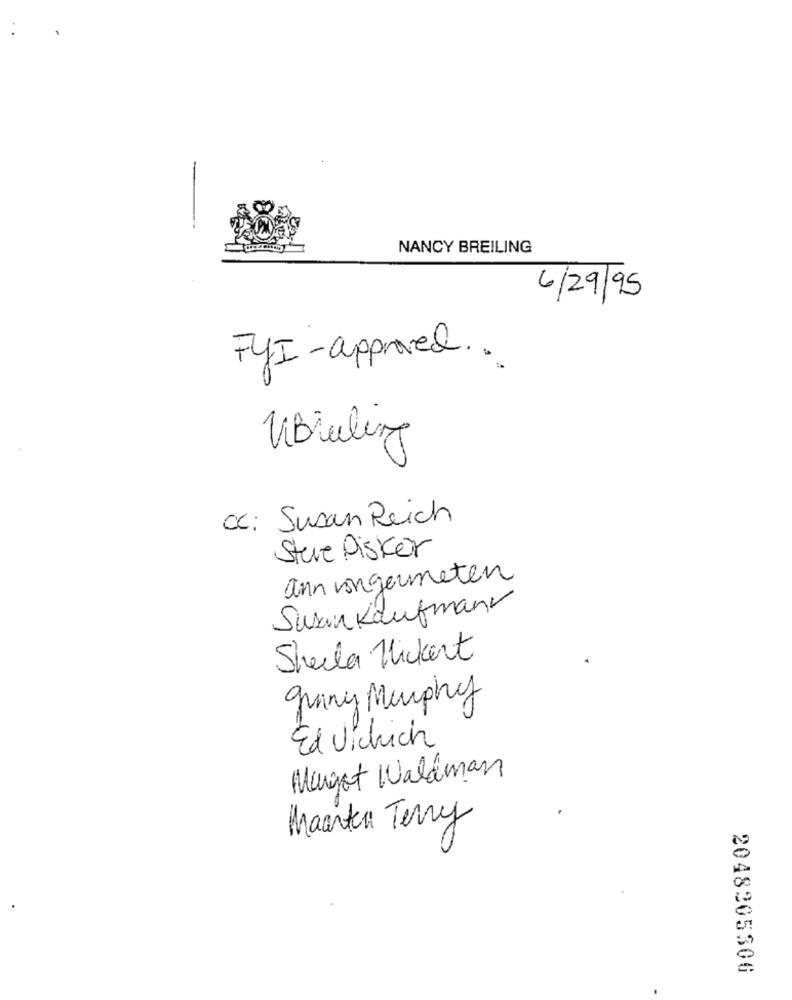
NANCY BREILING
6/29/95
FYI-approved ..
ViBialegg
CC: Susan Reich
Steve Disker
ann vongermeten
Susan Kaufmann
Sheela Hickert
grany Murphy
Ed Vichich
Margot Waldman
Maarten Terry
2048205306